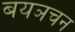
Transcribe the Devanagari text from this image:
बयञचन